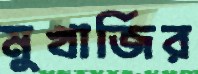
মুখার্জির